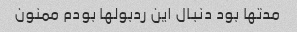
مدتها بود دنبال این ردبولها بودم ممنون